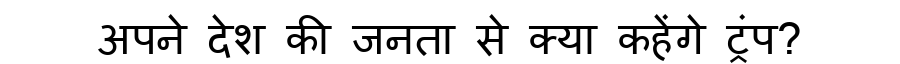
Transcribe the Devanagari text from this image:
अपने देश की जनता से क्या कहेंगे ट्रंप?